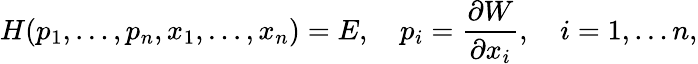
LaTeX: H(p_{1},\ldots,p_{n},x_{1},\ldots,x_{n})=E,\quad p_{i}={\frac{\partial W}{\partial x_{i}}},\quad i=1,\ldots n,